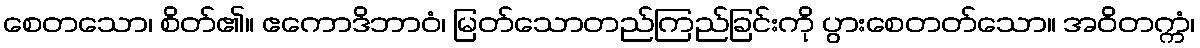
စေတသော၊ စိတ်၏။ ဧကောဒိဘာဝံ၊ မြတ်သောတည်ကြည်ခြင်းကို ပွားစေတတ်သော။ အဝိတက္ကံ၊